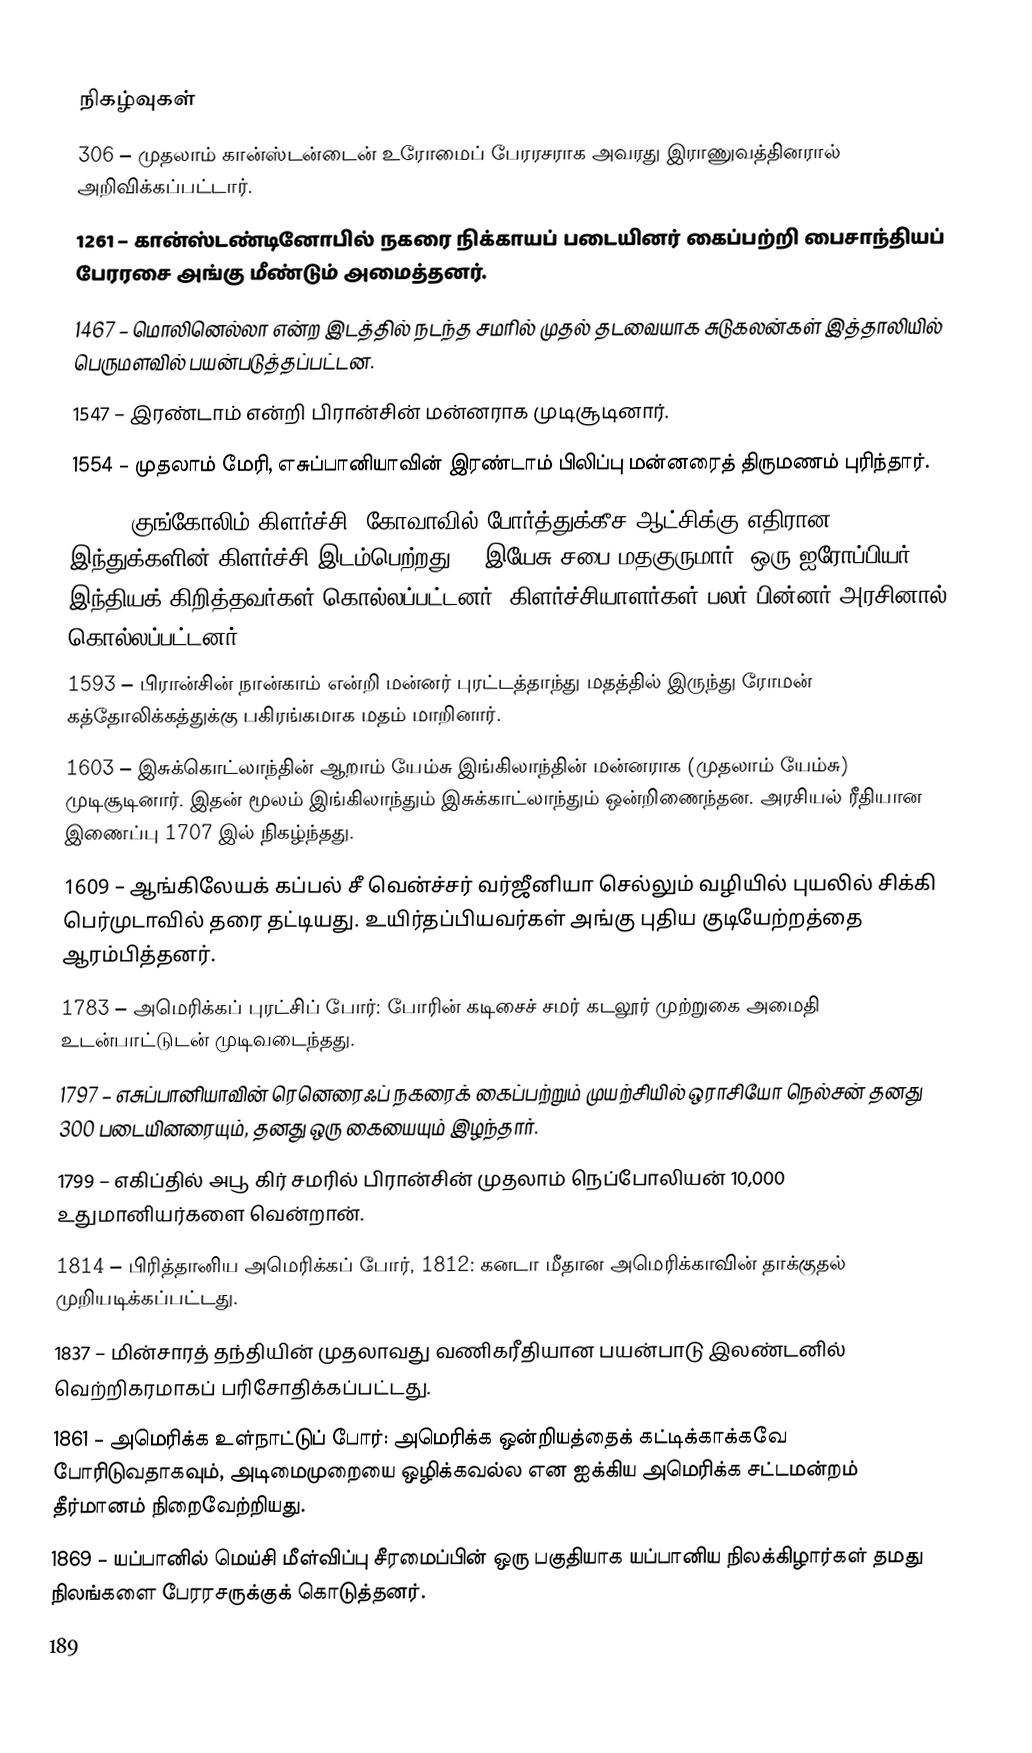

நிகழ்வுகள்
306 – முதலாம் கான்ஸ்டன்டைன் உரோமைப் பேரரசராக அவரது இராணுவத்தினரால் அறிவிக்கப்பட்டார்.
1261 – கான்ஸ்டண்டினோபில் நகரை நிக்காயப் படையினர் கைப்பற்றி பைசாந்தியப் பேரரசை அங்கு மீண்டும் அமைத்தனர்.
1467 – மொலினெல்லா என்ற இடத்தில் நடந்த சமரில் முதல் தடவையாக சுடுகலன்கள் இத்தாலியில் பெருமளவில் பயன்படுத்தப்பட்டன.
1547 – இரண்டாம் என்றி பிரான்சின் மன்னராக முடிசூடினார்.
1554 – முதலாம் மேரி, எசுப்பானியாவின் இரண்டாம் பிலிப்பு மன்னரைத் திருமணம் புரிந்தார்.
1583 – குங்கோலிம் கிளர்ச்சி: கோவாவில் போர்த்துக்கீச ஆட்சிக்கு எதிரான இந்துக்களின் கிளர்ச்சி இடம்பெற்றது. 5 இயேசு சபை மதகுருமார், ஒரு ஐரோப்பியர், 14 இந்தியக் கிறித்தவர்கள் கொல்லப்பட்டனர். கிளர்ச்சியாளர்கள் பலர் பின்னர் அரசினால் கொல்லப்பட்டனர்.
1593 – பிரான்சின் நான்காம் என்றி மன்னர் புரட்டத்தாந்து மதத்தில் இருந்து ரோமன் கத்தோலிக்கத்துக்கு பகிரங்கமாக மதம் மாறினார்.
1603 – இசுக்கொட்லாந்தின் ஆறாம் யேம்சு இங்கிலாந்தின் மன்னராக (முதலாம் யேம்சு) முடிசூடினார். இதன் மூலம் இங்கிலாந்தும் இசுக்காட்லாந்தும் ஒன்றிணைந்தன. அரசியல் ரீதியான இணைப்பு 1707 இல் நிகழ்ந்தது.
1609 – ஆங்கிலேயக் கப்பல் சீ வென்ச்சர் வர்ஜீனியா செல்லும் வழியில் புயலில் சிக்கி பெர்முடாவில் தரை தட்டியது. உயிர்தப்பியவர்கள் அங்கு புதிய குடியேற்றத்தை ஆரம்பித்தனர்.
1783 – அமெரிக்கப் புரட்சிப் போர்: போரின் கடிசைச் சமர் கடலூர் முற்றுகை அமைதி உடன்பாட்டுடன் முடிவடைந்தது.
1797 – எசுப்பானியாவின் ரெனெரைஃப் நகரைக் கைப்பற்றும் முயற்சியில் ஒராசியோ நெல்சன் தனது 300 படையினரையும், தனது ஒரு கையையும் இழந்தார்.
1799 – எகிப்தில் அபூ கிர் சமரில் பிரான்சின் முதலாம் நெப்போலியன் 10,000 உதுமானியர்களை வென்றான்.
1814 – பிரித்தானிய அமெரிக்கப் போர், 1812: கனடா மீதான அமெரிக்காவின் தாக்குதல் முறியடிக்கப்பட்டது.
1837 – மின்சாரத் தந்தியின் முதலாவது வணிகரீதியான பயன்பாடு  இலண்டனில் வெற்றிகரமாகப் பரிசோதிக்கப்பட்டது.
1861 – அமெரிக்க உள்நாட்டுப் போர்: அமெரிக்க ஒன்றியத்தைக் கட்டிக்காக்கவே போரிடுவதாகவும், அடிமைமுறையை ஒழிக்கவல்ல என ஐக்கிய அமெரிக்க சட்டமன்றம் தீர்மானம் நிறைவேற்றியது.
1869 – யப்பானில் மெய்சி மீள்விப்பு சீரமைப்பின் ஒரு பகுதியாக யப்பானிய நிலக்கிழார்கள் தமது நிலங்களை பேரரசருக்குக் கொடுத்தனர்.
189